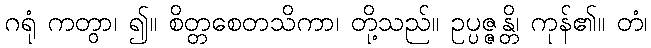
ဂရုံ ကတွာ၊ ၍။ စိတ္တစေတသိကာ၊ တို့သည်။ ဥပ္ပဇ္ဇန္တိ၊ ကုန်၏။ တံ၊